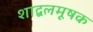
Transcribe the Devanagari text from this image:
शाद्वलमूषक